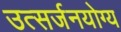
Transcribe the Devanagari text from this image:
उत्सर्जनयोग्य